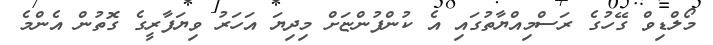
މޯލްޑިވް ގޭހުގެ ރަސްމިއްޔާތުގައި އެ ކުންފުންޏަށް މިދިޔަ އަހަރު ވިޔަފާރީގެ ގޮތުން އެންމެ